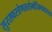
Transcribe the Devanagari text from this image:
सुरसवस्त्रेणततोमांजिष्ठवाससा